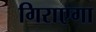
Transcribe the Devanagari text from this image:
गिराएगा